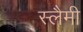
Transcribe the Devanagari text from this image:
स्लैमी